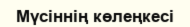
Мүсіннің көлеңкесі